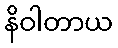
နိဝါတာယ